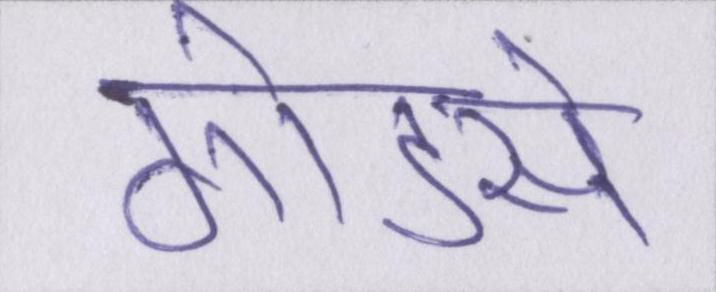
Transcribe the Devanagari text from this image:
गोडसे